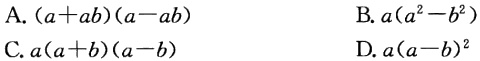
A. \((a + ab)(a - ab)\)

B. \(a(a^{2}-b^{2})\)

C. \(a(a + b)(a - b)\)

D. \(a(a - b)^{2}\)